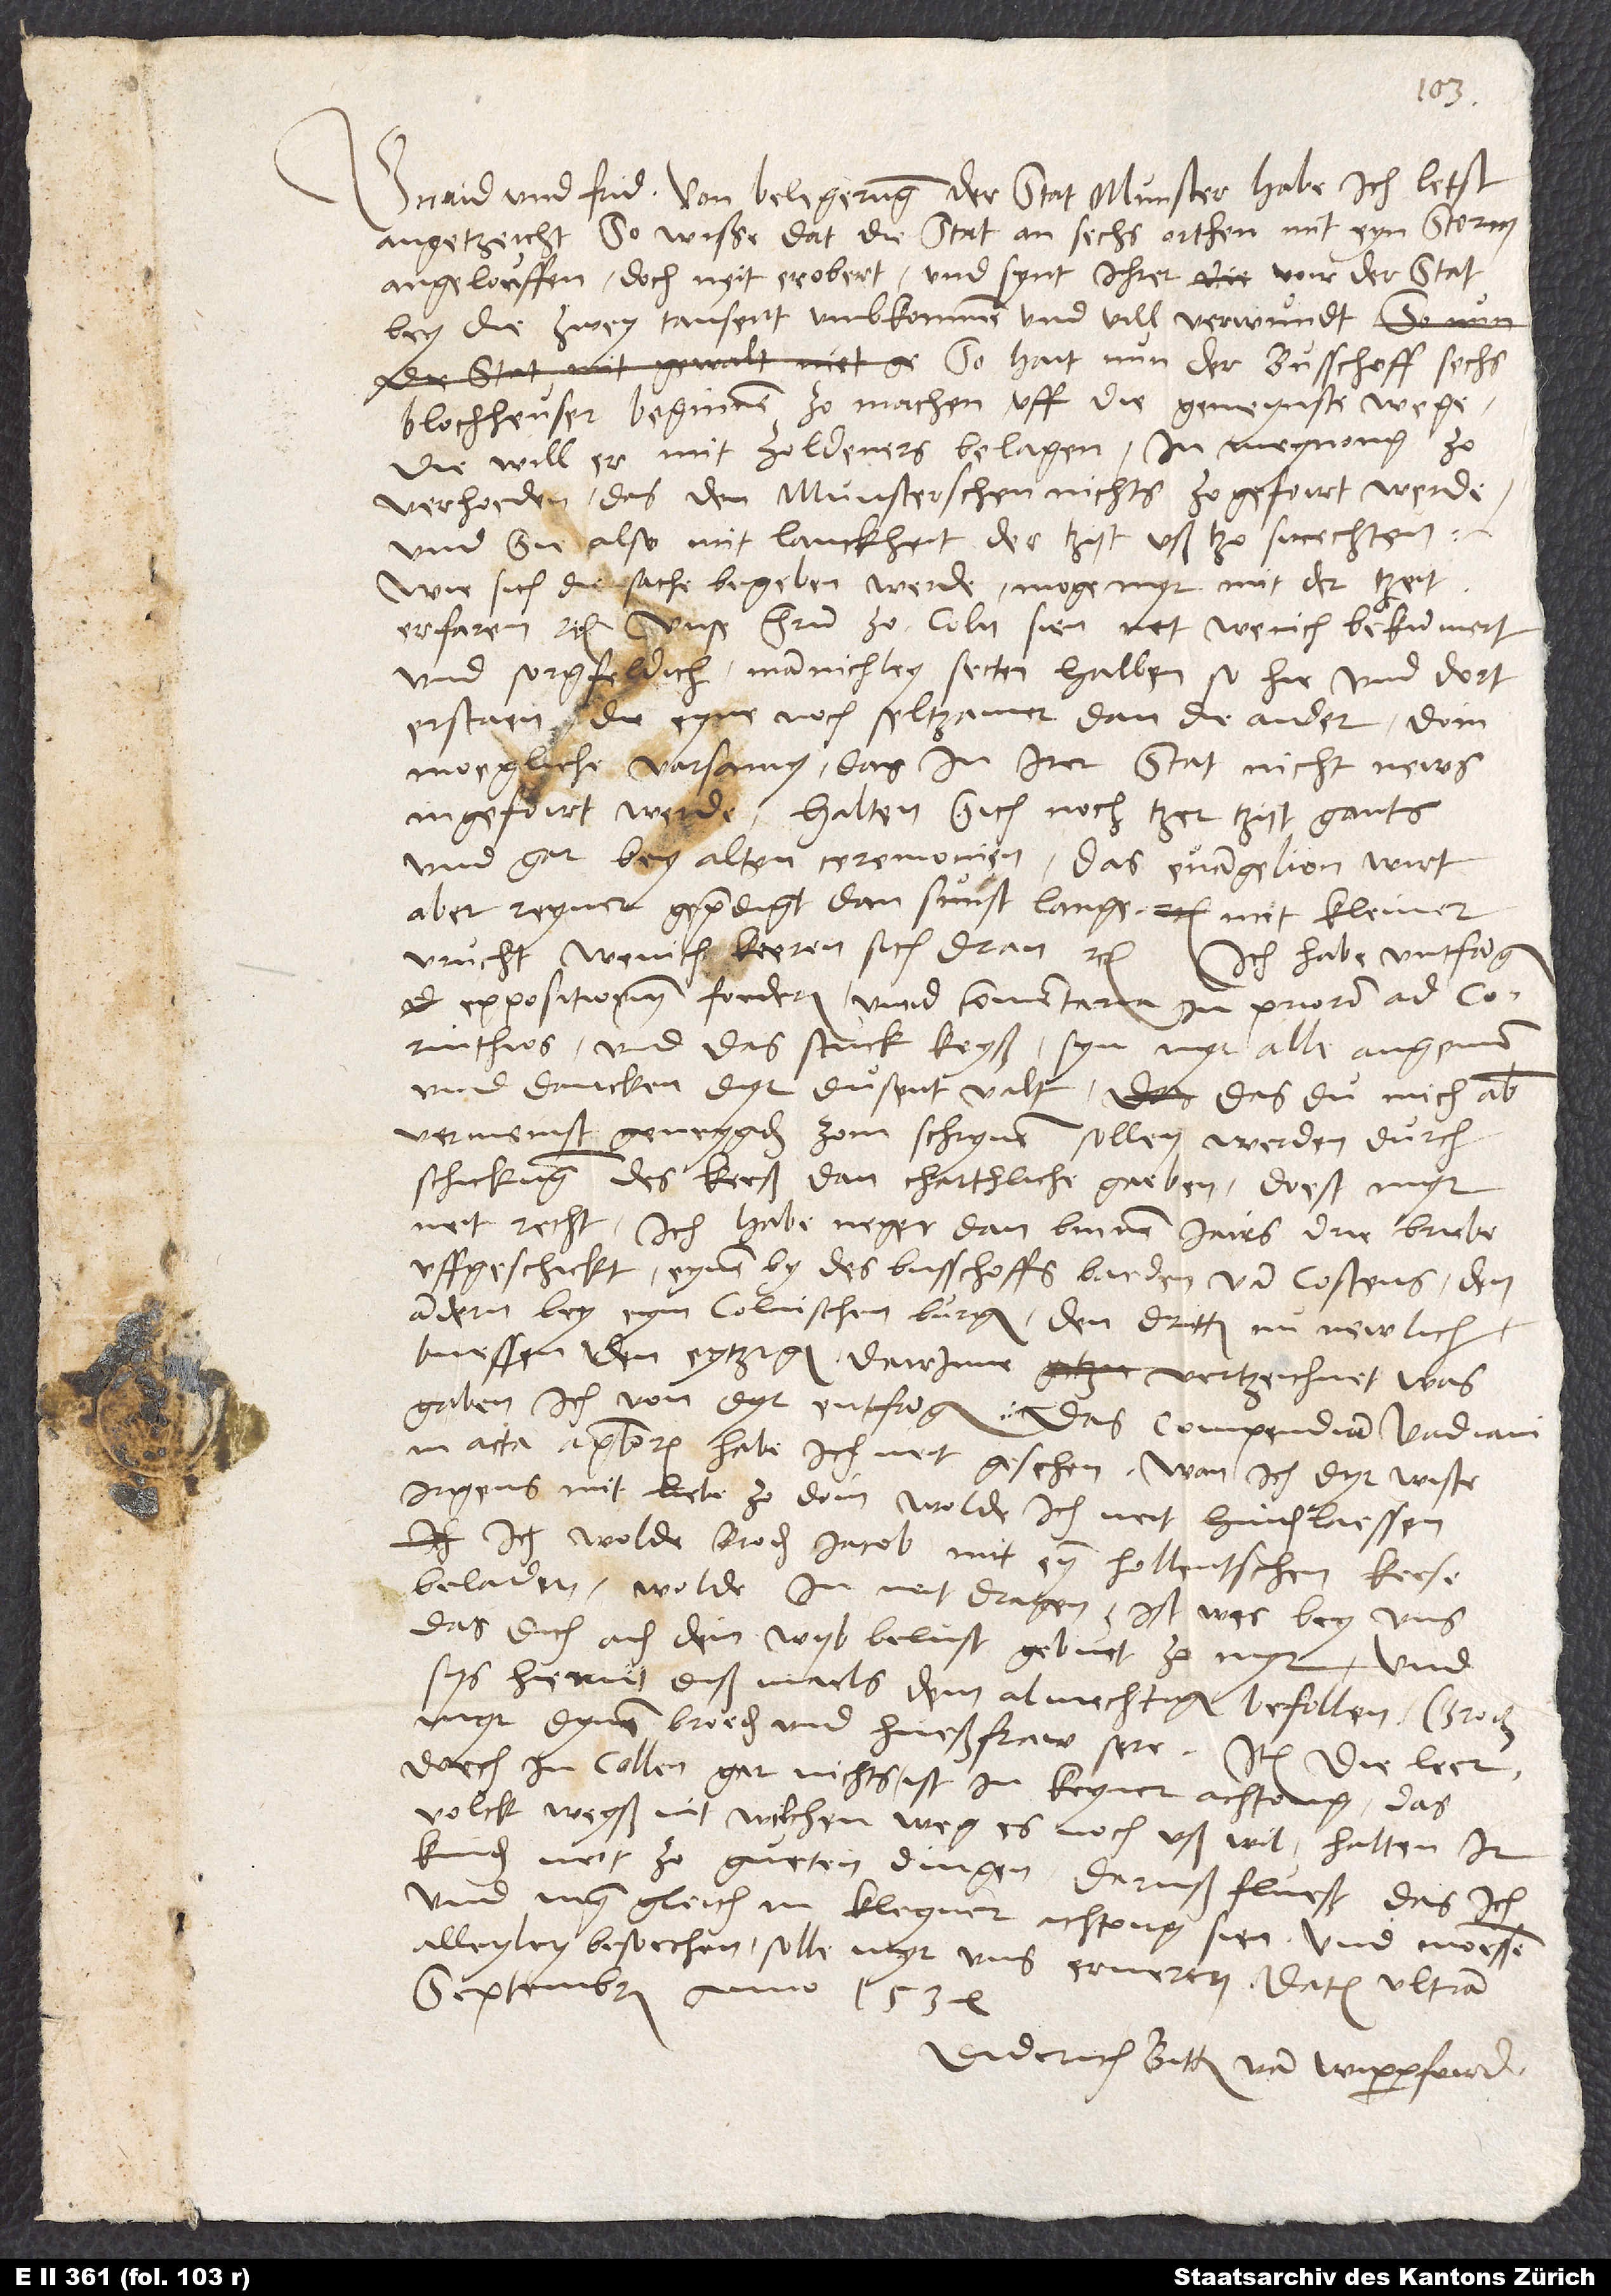
Gnaid und frid. Von belegerung der stat Munster habe ich letst
angetzeicht. So wiße, dat die stat an sechs orthen mit eyn storm
angelouffen, doch neit erobert, und synt ihrer voir der stat
bey die zweytausent umbkommen und vill verwundt.
So hait nun der busschoff sechs
blochheuser beginnen zo machen uff die gemynste wege.
Die will er mit zoldeners belagen, in meynong zo
verhoeden, das den Munsterschen nichts zogefoirt werde,
und sie also mit lanckheit der tzyt ußtzosmechten.
Wie sich die sache begeben werde, moge myr mit der tzeit
erfaren etc. Unse hern zo Coln sien net wenich bekummert
und sorgfeldich mannichley secten halben, so hie und dort
erstaen, die eyne noch seltzamer dan die ander. Doin
moegliche varsamy, das in irer stat nicht news
angefoirt werde, halten sich noch tzer tzyt gants
und gar bey alten ceremonien. Das euangelion wirt
aber reyner gepredigt dan sunst lange, mit kleiner
vrucht; wenich keeren sich dran etc. Ich habe untfangen
expositionem foederum unnd commentaria in priorem ad
Corinthios und das stuck keyß. Syn myr alle angenem,
und dancken dyr dusentvalt. Das du mich aber
vermeinst geneygder zom schryven sollen werden durch
schickung des keeß dan chartliche gaeben, doest myr
neit recht. Ich habe neger dan binnen jairs drie briebe
uffgeschickt, einen by des busschoffs boeden van Costens, den
andern bey eym colnischen burger, den dritten nu newlich,
buessen den eytzigen dairinne, vertzeichnet, was
gaben ich von dyr entfangen. Das Compendium Vadiani
in acta apostolorum habe ich neit gesehen. Wan ich dyr wiste
irgens mit liebe zo doin, wolde ich neit hinderlaessen.
Ich wolde broder Jacob mit eym hollentschen keese
beladen; wolde in neit dragen. Ist was bey uns,
das dich oder dein wyb belust, gebuet zo myr. Und
sys hiemit dißmaels dem almechtigen befollen. Groiz
myr dynen broeder und hueßfraw sere. Item, die leer
doech in Cohen gar nichts; ist in keyner achtong. Das
volck weyß nit, wilchen weg es noch uß wil. Halten ir
kinder neit zo gueten dingen. Daruß fluest, das ich
und myn gleich in kleyner achtong sien und moessen
alleyley besoechen, solle myr uns erneren. Datum ultima
septembris anno 1534.